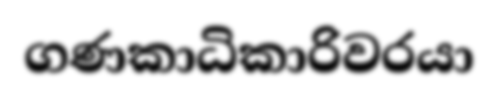
ගණකාධිකාරිවරයා